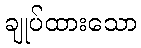
ချုပ်ထားသော